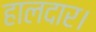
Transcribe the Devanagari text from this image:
हालदार।